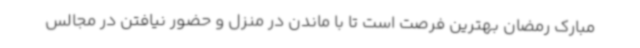
مبارک رمضان بهترین فرصت است تا با ماندن در منزل و حضور نیافتن در مجالس